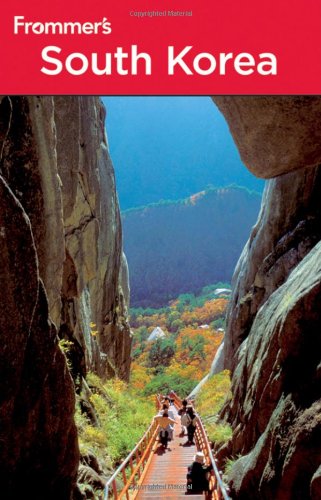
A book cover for Frommer's South Korea (Frommer's Complete Guides); Cecilia Hae-Jin Lee; Travel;